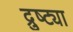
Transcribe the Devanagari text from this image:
द्रुष्ट्या